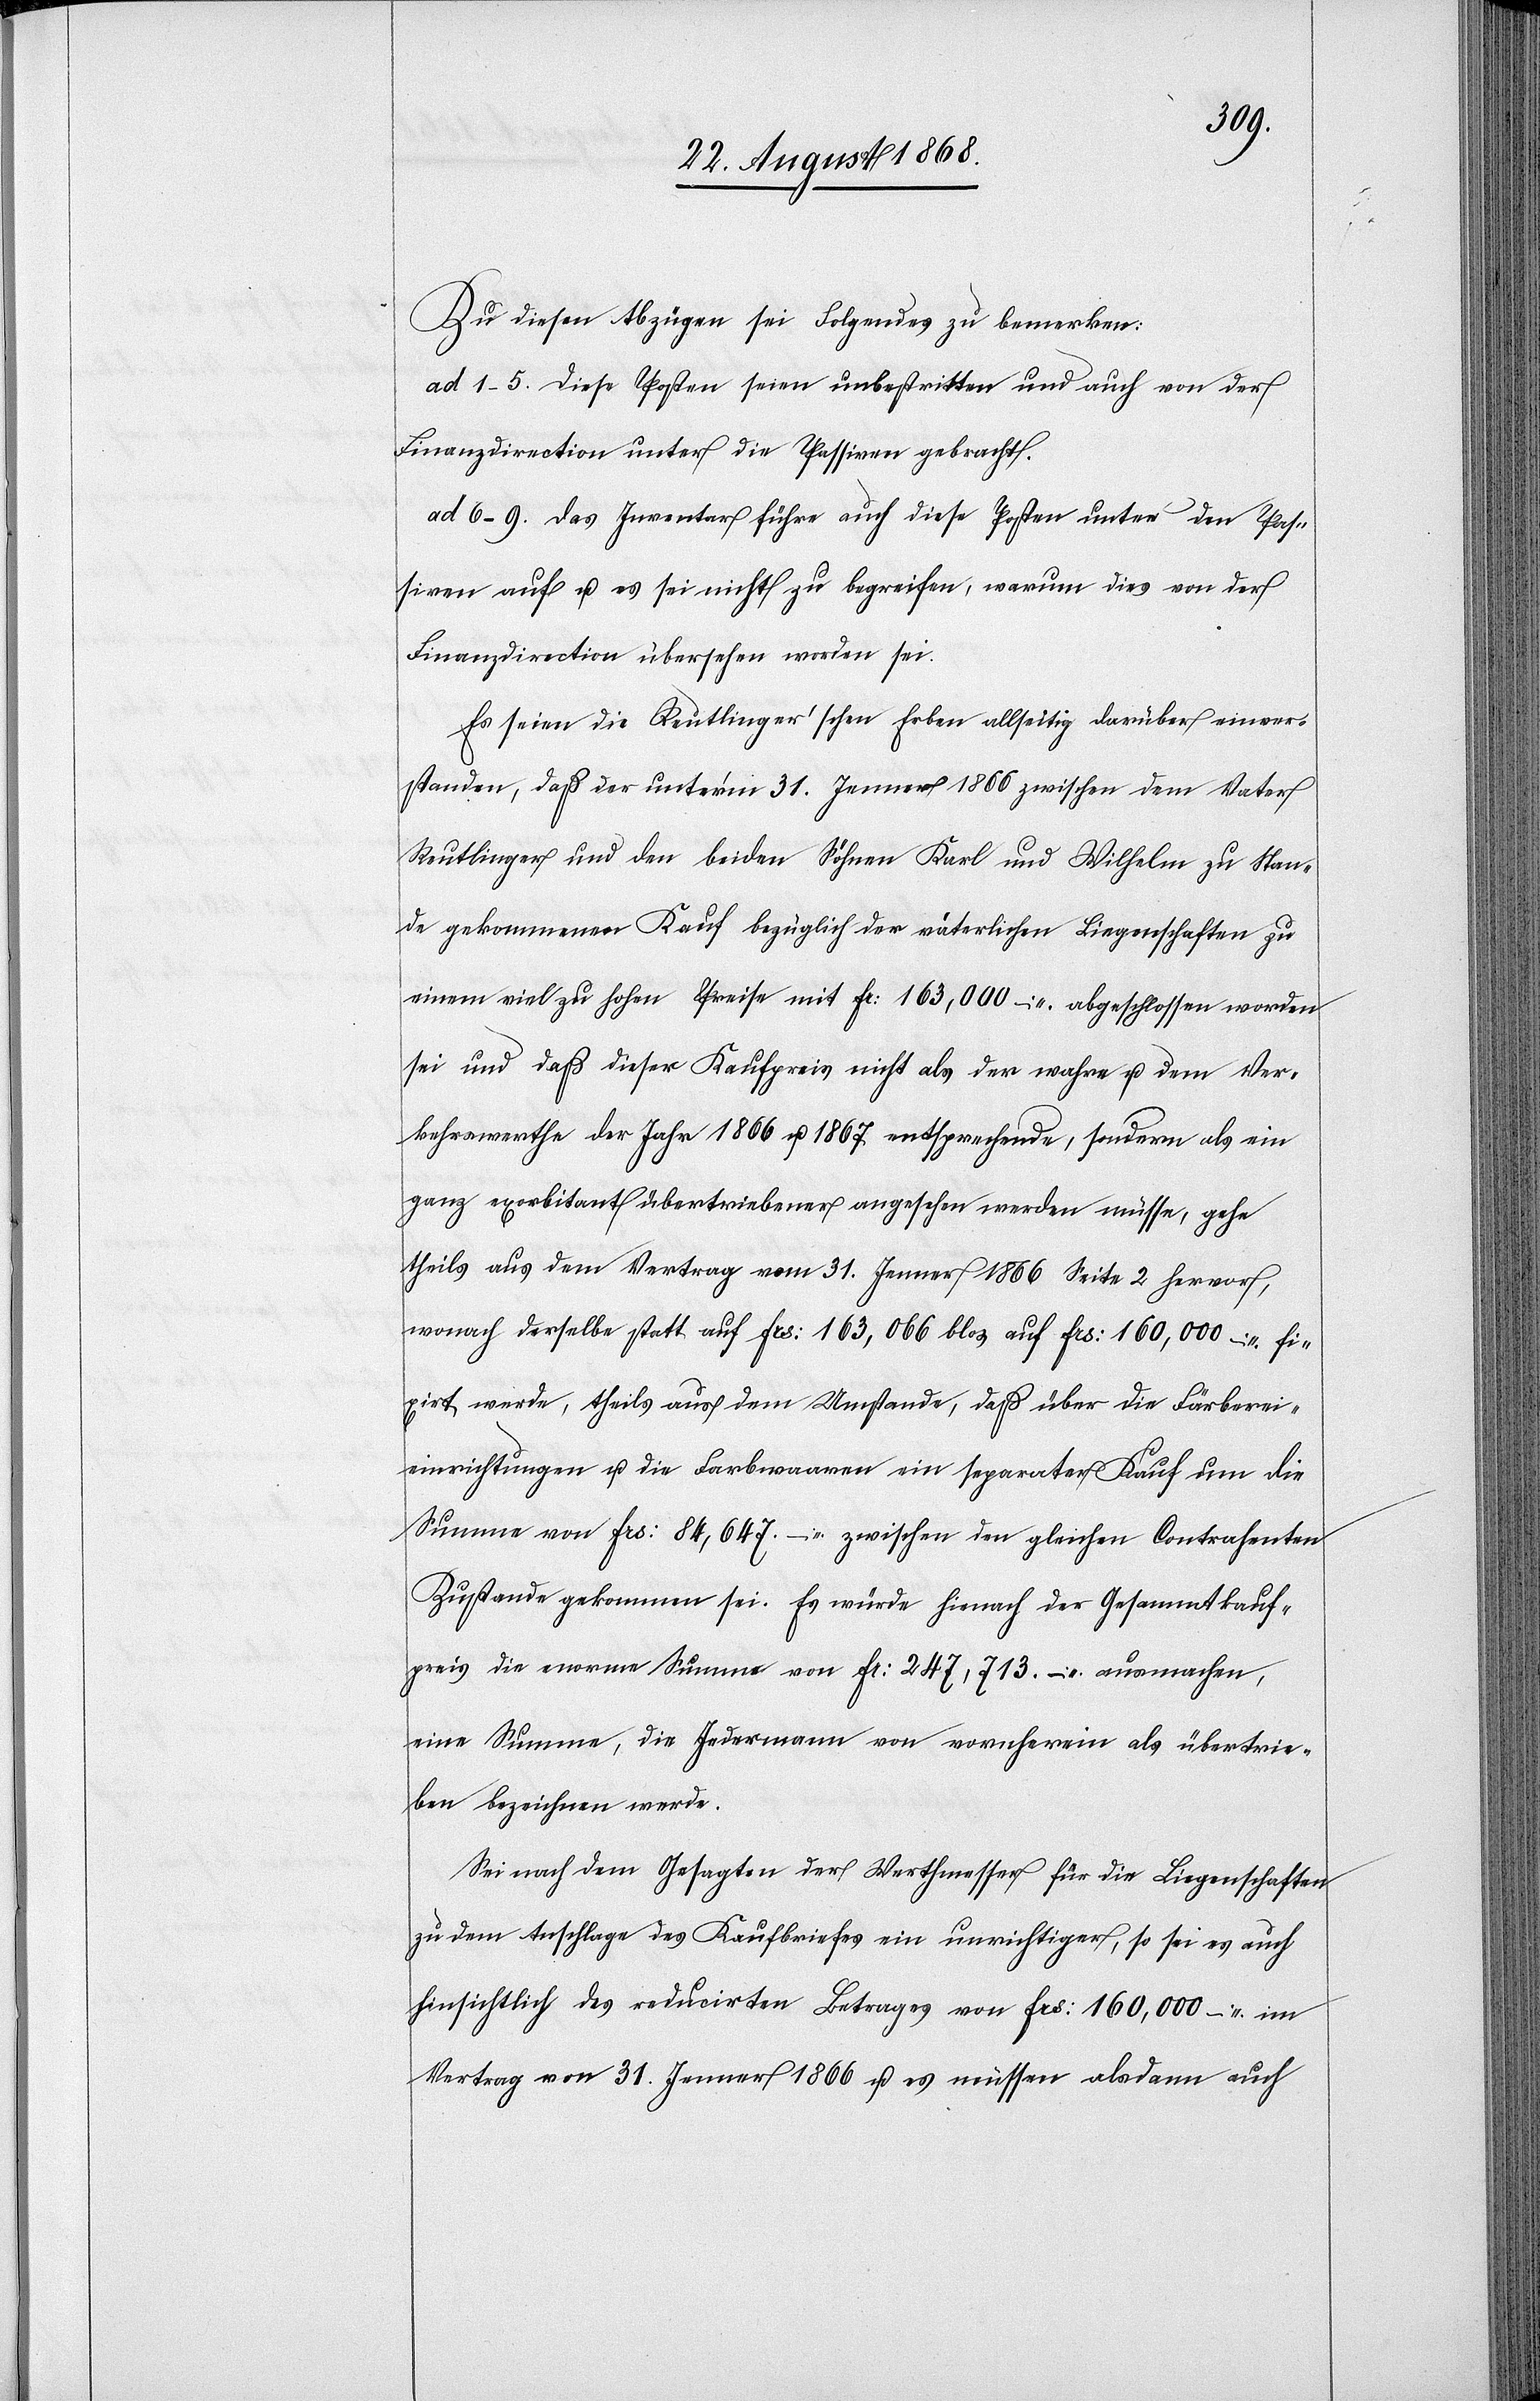
Zu diesen Abzügen sei Folgendes zu bemerken:
ad 1–5. Diese Posten seien unbestritten und auch von der
Finanzdirection unter die Passiven gebracht.
ad 6–9. Das Inventar führe auch diese Posten unter den Pas¬
siven auf u. es sei nicht zu begreifen, warum dies von der
Finanzdirection übersehen worden sei.
Es seien die Reutlinger’schen Erben allseitig darüber einver¬
standen, daß der unter’m 31. Jenner 1866 zwischen dem Vater
Reutlinger und den beiden Söhnen Karl und Wilhelm zu Stan¬
de gekommenen [sic!] Kauf bezüglich der väterlichen Liegenschaften zu
einem viel zu hohen Preise mit Fr: 163,000 – abgeschlossen worden
sei und daß dieser Kaufpreis nicht als der wahre u. dem Ver¬
kehrswerthe der Jahr[e] 1866 u. 1867 entsprechende, sondern als ein
ganz exorbitant übertriebener angesehen werden müsse, gehe
theils aus dem Vertrag vom 31. Jenner 1866 Seite 2 hervor,
wonach derselbe statt auf Frs: 163,066 blos auf Frs: 160,000 – fix¬
irt werde, theils aus dem Umstande, daß über die Färberei¬
einrichtungen u. die Farbwaaren ein separater Kauf um die
Summe von Frs: 84,647. – zwischen den gleichen Contrahenten
Zustande gekommen sei. Es würde hienach der Gesammtkauf¬
preis die enorme Summe von Fr: 247,713. – ausmachen,
eine Summe, die Jedermann von vornherein als übertrie¬
ben bezeichnen werde.
Sei nach dem Gesagten der Werthmesser für die Liegenschaften
zu dem Anschlage des Kaufbriefes ein unrichtiger, so sei es auch
hinsichtlich des reducirten Betrages von Frs: 160,000 – im
Vertrag von [sic!] 31. Jenner 1866 u. es müssen alsdann auch